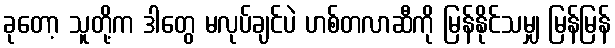
ခုတော့ သူတို့က ဒါတွေ မလုပ်ချင်ပဲ ဟစ်တလာဆီကို မြန်နိုင်သမျှ မြန်မြန်